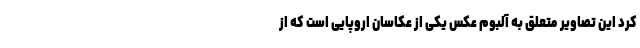
کرد این تصاویر متعلق به آلبوم عکس یکی از عکاسان اروپایی است که از